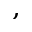
,